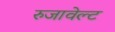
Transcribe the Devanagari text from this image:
रुजावेल्ट